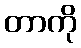
တာကို